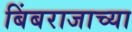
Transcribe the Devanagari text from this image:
बिंबराजाच्या